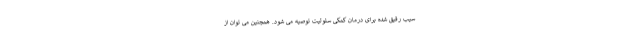
سیب رقیق شده برای درمان کمکی سلولیت توصیه می شود. همچنین می توان از